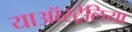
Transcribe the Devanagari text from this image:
याऑस्ट्रेलिया